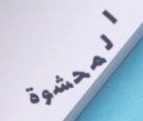
المحشوة